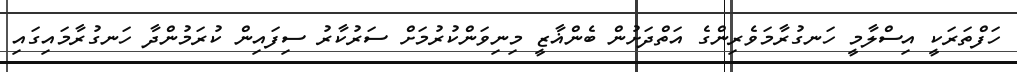
ހަފްތަރަކީ އިސްލާމީ ހަނގުރާމަވެރިންގެ އަތްދަށުން ބެންޣާޒީ މިނިވަންކުރުމަށް ސަރުކާރު ސިފައިން ކުރަމުންދާ ހަނގުރާމައިގައި